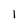
Character: 1